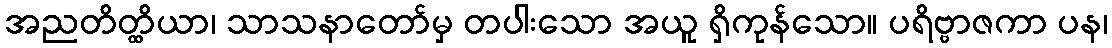
အညတိတ္ထိယာ၊ သာသနာတော်မှ တပါးသော အယူ ရှိကုန်သော။ ပရိဗ္ဗာဇကာ ပန၊